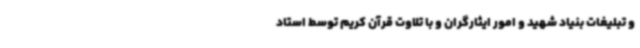
و تبلیغات بنیاد شهید و امور ایثارگران و با تلاوت قرآن کریم توسط استاد